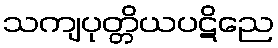
သကျပုတ္တိယပဋိညေ